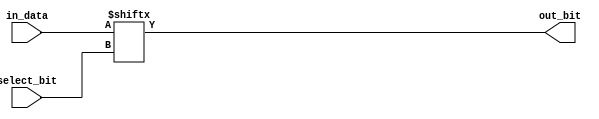
module bit_select_assign (
    input [7:0] in_data,
    input [2:0] select_bit,
    output reg out_bit
);

always @(*) begin
    out_bit = in_data[select_bit];
end

endmodule